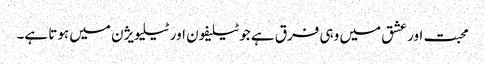
محبت اور عشق میں وہی فرق ہے جو ٹیلیفون اور ٹیلیویژن میں ہوتا ہے۔